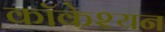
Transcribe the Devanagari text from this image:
कॉकेश्यन